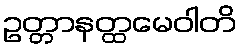
ဥတ္တာနတ္ထမေဝါတိ